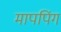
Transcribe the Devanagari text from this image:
मापपिंग